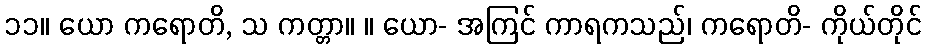
၁၁။ ယော ကရောတိ, သ ကတ္တာ။ ။ ယော- အကြင် ကာရကသည်၊ ကရောတိ- ကိုယ်တိုင်